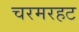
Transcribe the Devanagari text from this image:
चरमरहट